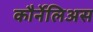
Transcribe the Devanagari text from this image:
कौर्नेलिअस